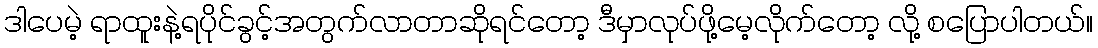
ဒါပေမဲ့ ရာထူးနဲ့ရပိုင်ခွင့်အတွက်လာတာဆိုရင်တော့ ဒီမှာလုပ်ဖို့မေ့လိုက်တော့ လို့ စပြောပါတယ်။